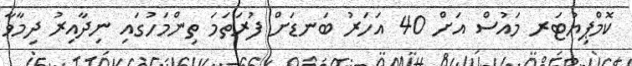
ކޮމްޕިޔުޓަރ މައުސް އަށް 40 އަހަރު ބަނޑަށް ފުރަތަމަ ތިންމަހުގައި ނިދާއިރު ދިމާވާ